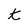
Character: t